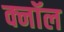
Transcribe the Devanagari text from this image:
क्नॉल